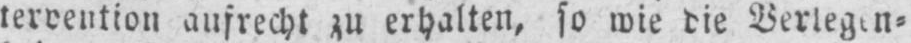
aufrecht zu erhalten, so wie die Verlegen⸗